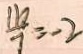
\frac { 1 6 } { 7 } = - 2